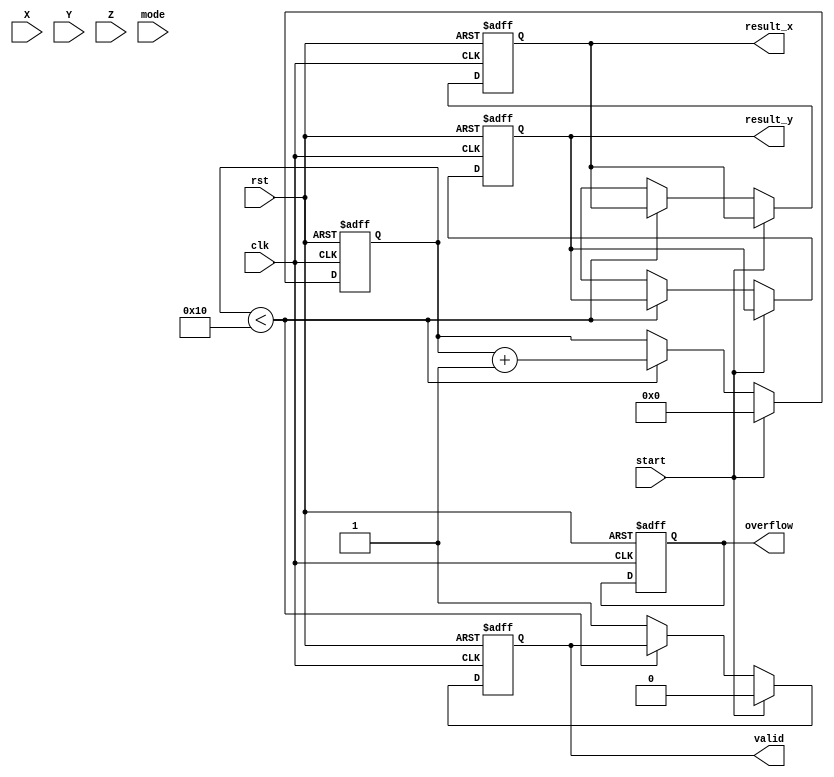
module cordic_fp (
    input wire clk,
    input wire rst,
    input wire [31:0] X, // Floating-point input X (IEEE 754 single precision)
    input wire [31:0] Y, // Floating-point input Y (for rotation)
    input wire [31:0] Z, // Floating-point input Z (for vectoring)
    input wire mode,      // 0 for rotation, 1 for vectoring
    input wire start,     // Start signal
    output reg [31:0] result_x, // Resulting X (cosine or magnitude)
    output reg [31:0] result_y, // Resulting Y (sine or angle)
    output reg valid,      // Output valid flag
    output reg overflow    // Overflow flag
);

    // Constants
    parameter NUM_ITERATIONS = 16; // Number of CORDIC iterations
    reg [31:0] angle_lut [0:NUM_ITERATIONS-1]; // Angle lookup table
    reg [31:0] x [0:NUM_ITERATIONS-1]; // X values for each iteration
    reg [31:0] y [0:NUM_ITERATIONS-1]; // Y values for each iteration
    reg [31:0] z [0:NUM_ITERATIONS-1]; // Z values for each iteration
    reg [4:0] iteration; // Iteration counter
    reg [31:0] scaling_factor; // Scaling factor

    // Initialize angle lookup table and scaling factor
    initial begin
        // Populate angle_lut with pre-calculated arctangent values
        angle_lut[0] = 32'h00000000; // atan(2^0)
        angle_lut[1] = 32'h3F19999A; // atan(2^-1)
        angle_lut[2] = 32'h3E4CCCCD; // atan(2^-2)
        angle_lut[3] = 32'h3D99999A; // atan(2^-3)
        // ... (continue for all iterations)
        
        scaling_factor = 32'h3F8F5C29; // Pre-computed scaling factor
    end

    // CORDIC iteration logic
    always @(posedge clk or posedge rst) begin
        if (rst) begin
            iteration <= 0;
            valid <= 0;
            overflow <= 0;
            result_x <= 0;
            result_y <= 0;
        end else if (start) begin
            // Initialize inputs
            x[0] <= X;
            y[0] <= mode ? 0 : Y; // For vectoring, Y is initialized to 0
            z[0] <= mode ? Z : Y; // For rotation, Z is the angle

            // Start iterations
            iteration <= 0;
            valid <= 0;
        end else if (iteration < NUM_ITERATIONS) begin
            // CORDIC rotation or vectoring logic
            if (z[iteration] < 0) begin
                // Clockwise rotation
                x[iteration + 1] <= x[iteration] + (y[iteration] >>> iteration);
                y[iteration + 1] <= y[iteration] - (x[iteration] >>> iteration);
                z[iteration + 1] <= z[iteration] + angle_lut[iteration];
            end else begin
                // Counterclockwise rotation
                x[iteration + 1] <= x[iteration] - (y[iteration] >>> iteration);
                y[iteration + 1] <= y[iteration] + (x[iteration] >>> iteration);
                z[iteration + 1] <= z[iteration] - angle_lut[iteration];
            end
            
            // Increment iteration counter
            iteration <= iteration + 1;
        end else begin
            // Final output after iterations
            result_x <= x[NUM_ITERATIONS];
            result_y <= y[NUM_ITERATIONS];
            valid <= 1; // Indicate valid output
        end
    end

endmodule